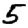
Digit: 5